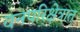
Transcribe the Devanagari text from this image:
वनपरिक्षेत्रात